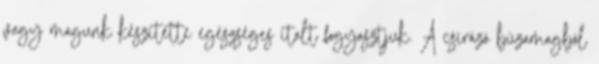
vagy magunk készítette egészséges italt fogyasztjuk. A csírázó búzamagból